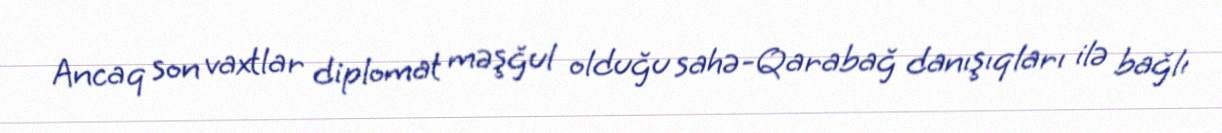
Ancaq son vaxtlar diplomat məşğul olduğu sahə-Qarabağ danışıqları ilə bağlı